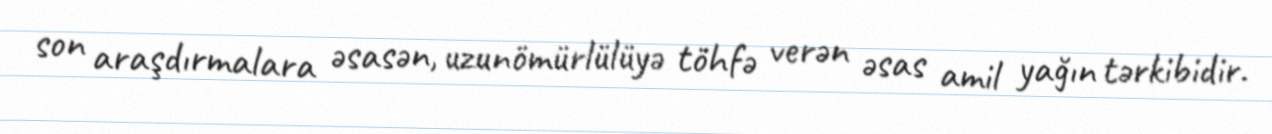
son araşdırmalara əsasən, uzunömürlülüyə töhfə verən əsas amil yağın tərkibidir.